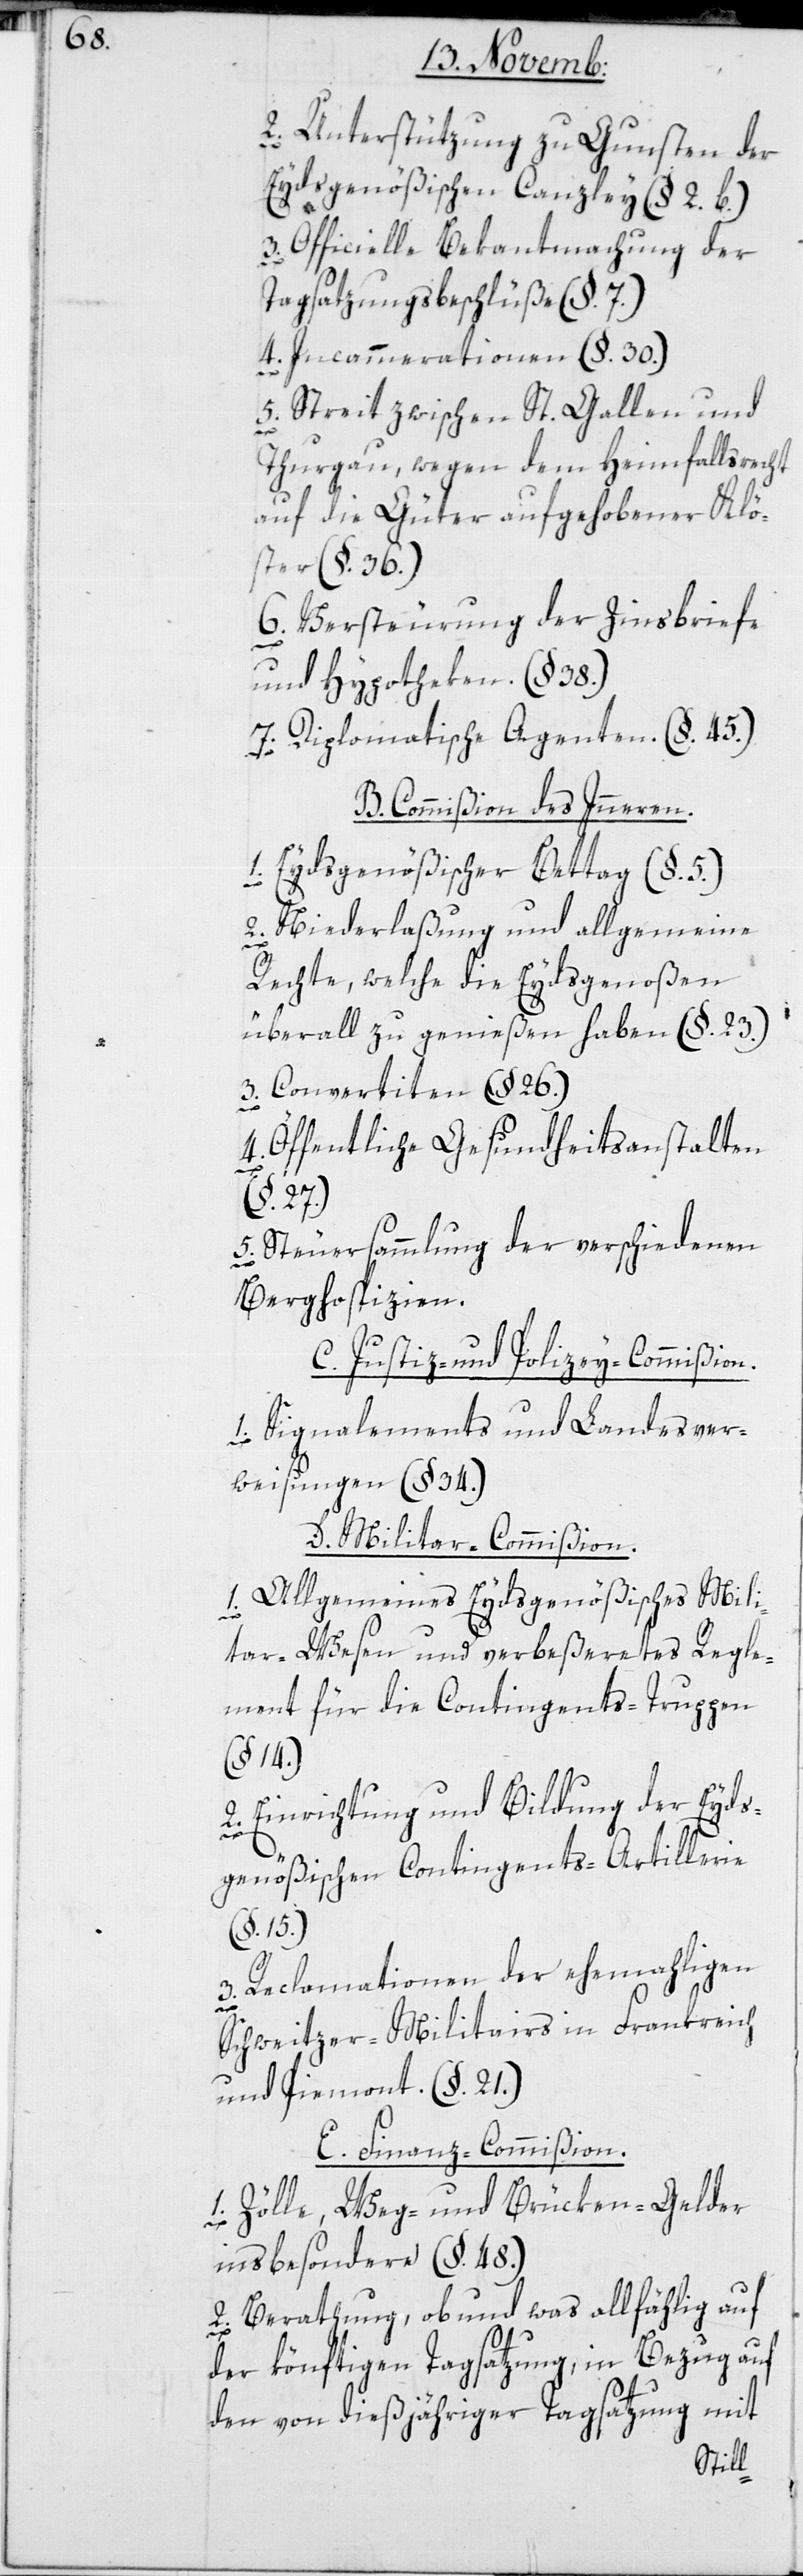
2. Unterstützung zu Gunsten der
Eydsgenößischen Canzley (§. 2b.)
3. Officielle Bekantmachung der
Tagsatzungsbeschlüße (§. 7.)
4. Incammerationen (§. 30.)
5. Streit zwischen St. Gallen und
Thurgau, wegen dem Heimfallsrecht
auf die Güter aufgehobener Klö¬
ster (§. 36.)
6. Versteurung der Zinsbriefe
und Hypotheken. ( §. 38.).
7. Diplomatische Agenten (§. 45.)
B. Commißion des Inneren.
1. Eydsgenößischer Bettag (§. 5.).
2. Niederlaßung und allgemeine
Rechte, welche die Eidsgenoßen
überall zu genießen haben (§. 23).
3. Convertiten (§. 26.)
4. Öffentliche Gesundheitsanstalten
(§. 27.)
5. Steuersammlung der verschiedenen
Berghospizien.
C. Justiz- und Polizey-Commißion.
1. Signalements und Landesver¬
weisungen (§. 34.)
D. Militar-Commißion.
1. Allgemeines Eydsgenößisches Mili¬
tar-Wesen und verbeßeretes Regle¬
ment für die Contingents-Truppen
(§. 14.)
2. Einrichtung und Bildung der eids¬
genößischen Contingents-Artillerie
(§. 15.)
3. Reclamationen der ehemaligen
Schweitzer-Militairs in Frankreich
und Piemont (§. 21.)
E. Finanz-Commißion.
1. Zölle, Weg- und Brüken-Gelder
insbesondere (§. 48.)
2. Berathung, ob und was allfällig auf
der könftigen Tagsatzung, in Bezug auf
den von dießjähriger Tagsatzung mit